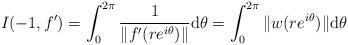
LaTeX: \begin{align*}I(-1,f')=\int_0^{2\pi}\frac{1}{\|f'(re^{i\theta})\|}\mathrm{d}\theta=\int_0^{2\pi}\|w(re^{i\theta})\|\mathrm{d}\theta\end{align*}